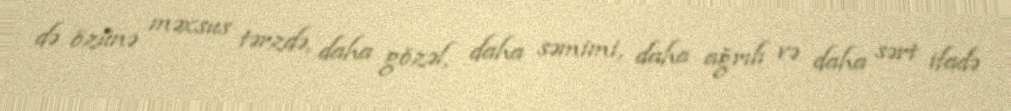
də özünə məxsus tərzdə, daha gözəl, daha səmimi, daha ağrılı və daha sərt ifadə